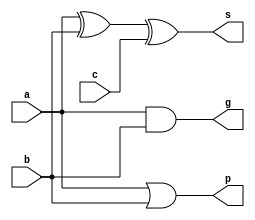
`timescale 1ns / 1ps
//////////////////////////////////////////////////////////////////////////////////
// Company: 
// Engineer: 
// 
// Design Name: 
// Module Name: cla32
// Project Name: 
// Target Devices: 
// Tool Versions: 
// Description: 
// 
// Dependencies: 
// 
// Revision:
// Revision 0.01 - File Created
// Additional Comments:
// 
//////////////////////////////////////////////////////////////////////////////////

//
module add(a,b,c,g,p,s);
    input a,b,c;  //a,bc
    output g,p,s; //sgp
    assign s = a^ b ^ c;
    assign g = a & b;
    assign p = a | b;
endmodule

//GP
module g_p(g,p,c_in,g_out,p_out,c_out);
    input [1:0] g,p;
    input c_in;
    output g_out,p_out,c_out;
    assign g_out = g[1] | p[1] & g[0];
    assign p_out = p[1] & p[0];
    assign c_out = g[0] | p[0] & c_in;
endmodule

//2
module cla_2(a,b,c_in,g_out,p_out,s);
    input [1:0] a,b;
    input c_in;
    output g_out,p_out;
    output [1:0] s;
    wire [1:0] g,p;
    wire c_cout;
    add add0(a[0],b[0],c_in,g[0],p[0],s[0]);
    add add1(a[1],b[1],c_out,g[1],p[1],s[1]);
    g_p g_p0(g,p,c_in,g_out,p_out,c_out);
endmodule

//4
module cla_4(a,b,c_in,g_out,p_out,s);
    input [3:0] a,b;
    input c_in;
    output g_out,p_out;
    output [3:0] s;
    wire [1:0] g,p;
    wire c_out;
    cla_2 cla0(a[1:0],b[1:0],c_in,g[0],p[0],s[1:0]);
    cla_2 cla1(a[3:2],b[3:2],c_out,g[1],p[1],s[3:2]);
    g_p g_p0(g,p,c_in,g_out,p_out,c_out);
endmodule

//8
module cla_8(a,b,c_in,g_out,p_out,s);
    input [7:0] a,b;
    input c_in;
    output g_out,p_out;
    output [7:0] s;
    wire [1:0] g,p;
    wire c_out;
    cla_4 cla0(a[3:0],b[3:0],c_in,g[0],p[0],s[3:0]);
    cla_4 cla1(a[7:4],b[7:4],c_out,g[1],p[1],s[7:4]);
    g_p g_p0(g,p,c_in,g_out,p_out,c_out);
endmodule

//16
module cla_16(a,b,c_in,g_out,p_out,s);
    input [15:0] a,b;
    input c_in;
    output g_out,p_out;
    output [15:0] s;
    wire [1:0] g,p;
    wire c_out;
    cla_8 cla0(a[7:0],b[7:0],c_in,g[0],p[0],s[7:0]);
    cla_8 cla1(a[15:8],b[15:8],c_out,g[1],p[1],s[15:8]);
    g_p g_p0(g,p,c_in,g_out,p_out,c_out);
endmodule

//32
module cla_32(a,b,c_in,g_out,p_out,s);
    input [31:0] a,b;
    input c_in;
    output g_out,p_out;
    output [31:0] s;
    wire [1:0] g,p;
    wire c_out;
    cla_16 cla0(a[15:0],b[15:0],c_in,g[0],p[0],s[15:0]);
    cla_16 cla1(a[31:16],b[31:16],c_out,g[1],p[1],s[31:16]);
    g_p g_p0(g,p,c_in,g_out,p_out,c_out);
endmodule

//32
module cla32(a,b,ci,s,co);
    input [31:0] a,b;
    input ci;
    output [31:0] s;
    output co;
    wire g_out,p_out;
    cla_32 cla(a,b,ci,g_out,p_out,s);
    assign co = g_out | p_out & ci;
endmodule